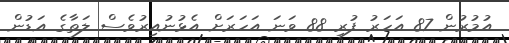
އުމުރުން 87 އަހަރު ފުރި 88 ވަނަ އަހަރަށް އެޅުނުއިރުވެސް ލަތާގެ އަޑުން